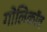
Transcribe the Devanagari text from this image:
गोलिकॉव